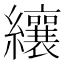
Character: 纕